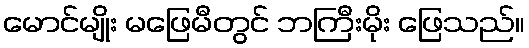
မောင်မျိုး မဖြေမီတွင် ဘကြီးမိုး ဖြေသည်။